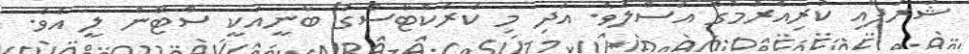
ޝަރަފާއި ކުރިއެރުމުގެ އަސްލެވެ. އަދި މި ކެރެކްޓާސްގެ ބާނީއަކީ ސްޓޭން ލީ އެވެ.